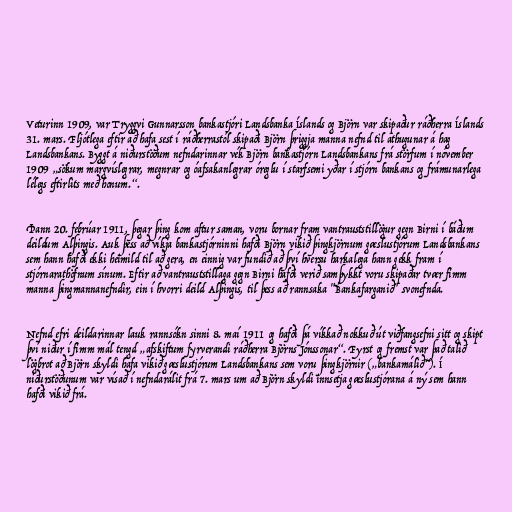
Veturinn 1909, var Tryggvi Gunnarsson bankastjóri Landsbanka Íslands og Björn var skipaður ráðherra Íslands
31. mars. Fljótlega eftir að hafa sest í ráðherrastól skipaði Björn þriggja manna nefnd til athugunar á hag
Landsbankans. Byggt á niðurstöðum nefndarinnar vék Björn bankastjórn Landsbankans frá störfum í nóvember
1909 „sökum margvíslegrar, megnrar og óafsakanlegrar óreglu í starfsemi yðar í stjórn bankans og frámunarlega
lélegs eftirlits með honum.“.

Þann 20. febrúar 1911, þegar þing kom aftur saman, voru bornar fram vantrauststillögur gegn Birni í báðum
deildum Alþingis. Auk þess að víkja bankastjórninni hafði Björn vikið þingkjörnum gæslustjórum Landsbankans
sem hann hafði ekki heimild til að gera, en einnig var fundið að því hversu harkalega hann gekk fram í
stjórnarathöfnum sínum. Eftir að vantrauststillaga gegn Birni hafði verið samþykkt voru skipaðar tvær fimm
manna þingmannanefndir, ein í hvorri deild Alþingis, til þess að rannsaka "Bankafarganið" svonefnda.

Nefnd efri deildarinnar lauk rannsókn sinni 8. maí 1911 og hafði þá víkkað nokkuð út viðfangsefni sitt og skipt
því niður í fimm mál tengd „afskiftum fyrverandi ráðherra Björns Jónssonar“. Fyrst og fremst var það talið
lögbrot að Björn skyldi hafa vikið gæslustjórum Landsbankans sem voru þingkjörnir („bankamálið“). Í
niðurstöðunum var vísað í nefndarálit frá 7. mars um að Björn skyldi innsetja gæslustjórana á ný sem hann
hafði vikið frá.